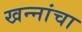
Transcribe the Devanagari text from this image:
खन्‍नांचा